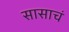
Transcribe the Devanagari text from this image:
सासाचं